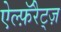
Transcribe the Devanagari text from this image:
ऐल्फ़ॅरैट्ज़